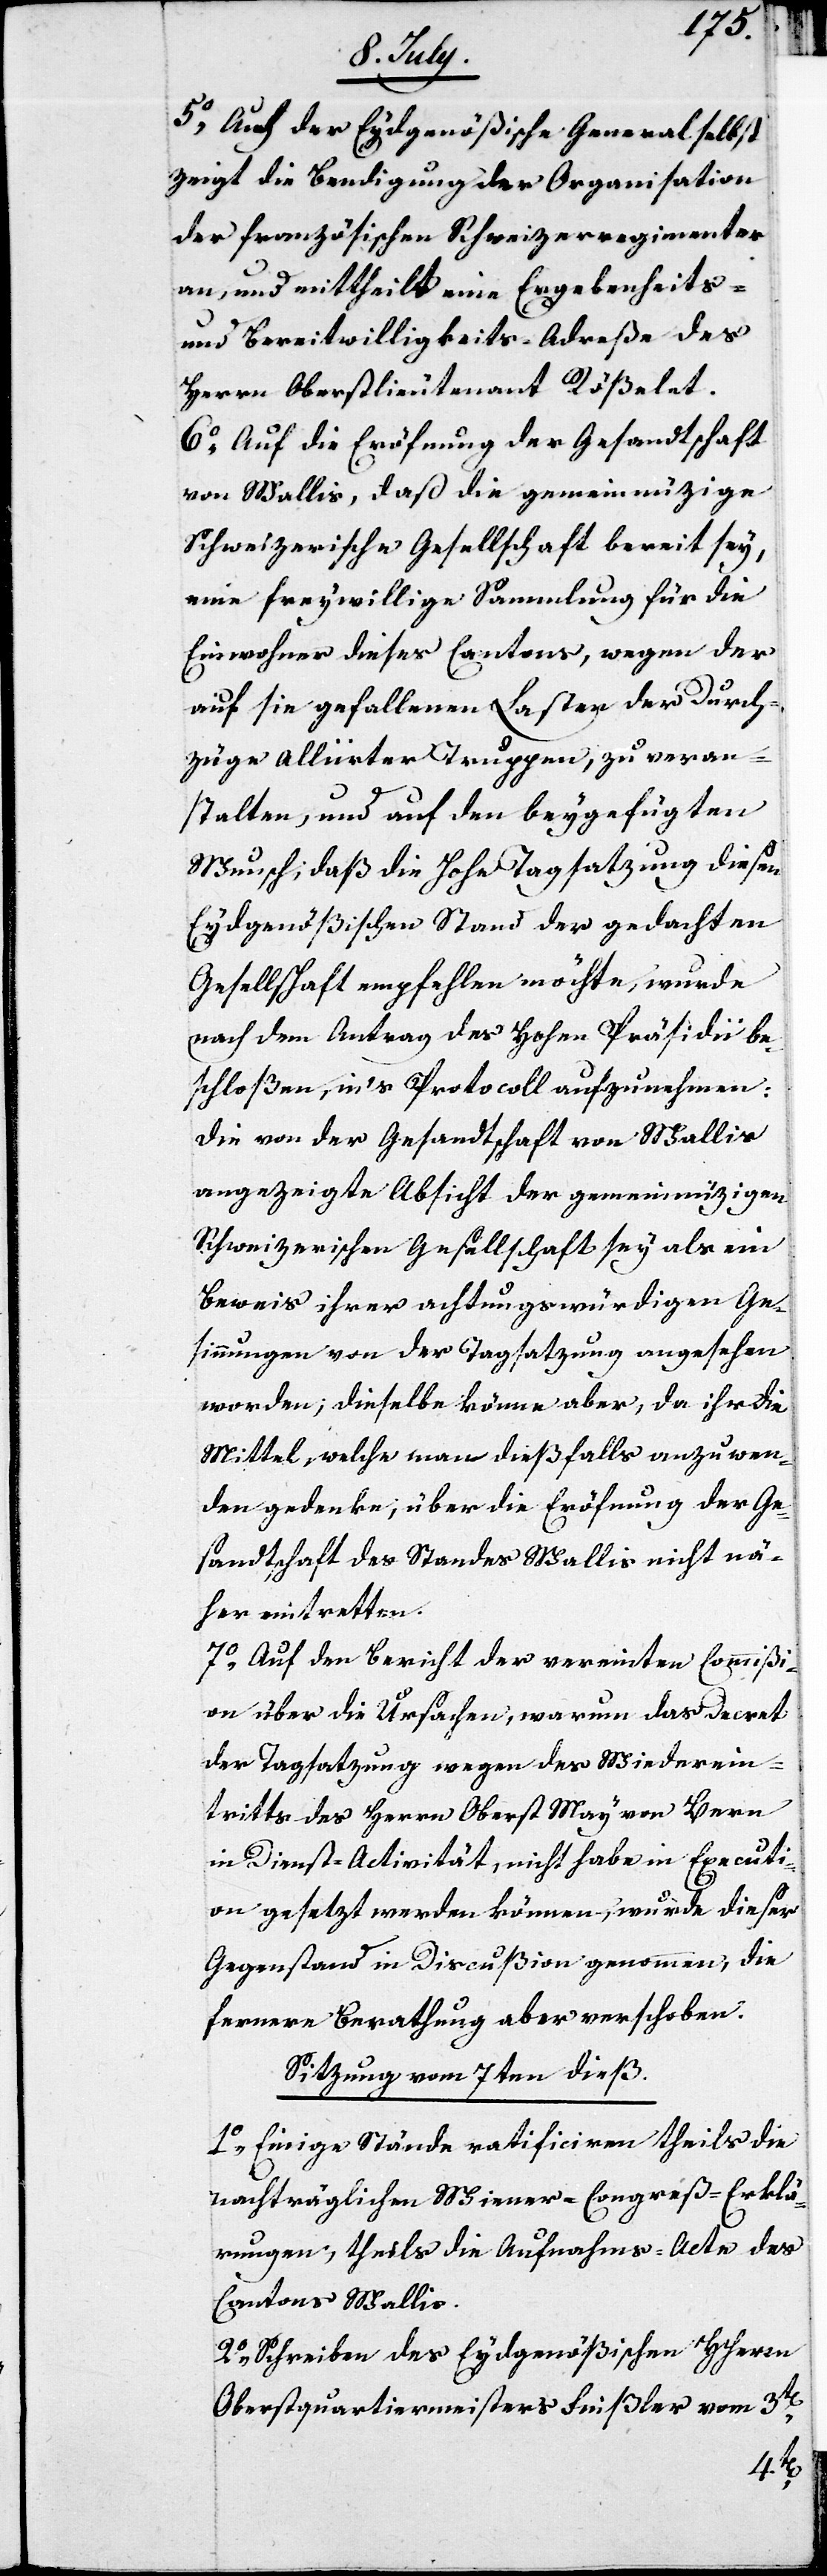
5. Auch der Eydgenößische General selbst
zeigt die Bendigung der Organisation
der französischen Schweizerregimenter
an, und mittheilt eine Ergebenheits-
und Bereitwilligkeits-Adreße des
Herrn Oberstlieutenant Roßelet.
6. Auf die Eröfnung der Gesandtschaft
von Wallis, daß die gemeinnüzige
Schweizerische Gesellschaft bereit sey,
eine freywillige Sammlung für die
Einwohner dieses Cantons, wegen der
auf sie gefallenen Lasten der Durch¬
züge Alliirter Truppen, zu veran¬
stalten, und auf den beygefügten
Wunsch, daß die Hohe Tagsatzung diesen
Eydgenößischen Stand der gedachten
Gesellschaft empfehlen möchte, wurde
nach dem Antrag des Hohen Präsidii be¬
schloßen, in’s Protocoll aufzunehmen:
Die von der Gesandtschaft von Wallis
angezeigte Absicht der gemeinnüzigen
Schweizerischen Gesellschaft sey als ein
Beweis ihrer achtungswürdigen Ge¬
sinnungen von der Tagsatzung angesehen
worden; dieselbe könne aber, da ihr die
[fehlten], welche man dießfalls anzuwen¬
den gedenke, über die Eröfnung der Ge¬
sandtschaft des Standes Wallis nicht nä¬
her eintretten.
7.) Auf den Bericht der vereinten Commißi¬
on über die Ursachen, warum das Decret
der Tagsatzung wegen des Wiederein¬
tritts des Herrn Oberst May von Bern
in Dienst-Activität, nicht habe in Executi¬
on gesetzt werden können, wurde dieser
Gegenstand in Discußion genommen, die
fernere Berathung aber verschoben.
Sitzung vom 7ten dieß.
1. Einige Stände ratificieren theils die
nachträglichen Wiener-Congreß-Erklä¬
rungen, theils die Aufnahms-Acte des
Cantons Wallis.
2. Schreiben des Eydgenößischen HHerrn
Oberstquartiermeisters Finsler vom 3ten,